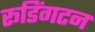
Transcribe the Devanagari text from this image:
रूडिंगटन